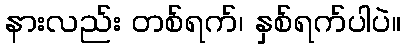
နားလည်း တစ်ရက်၊ နှစ်ရက်ပါပဲ။